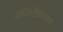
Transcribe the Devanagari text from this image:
अस्थितिस्थापक